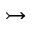
\rightarrowtail